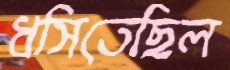
ধসিতেছিল